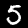
Label: 5